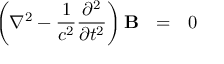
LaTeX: \left( \nabla ^ { 2 } - { \frac { 1 } { { c } ^ { 2 } } } { \frac { \partial ^ { 2 } } { \partial t ^ { 2 } } } \right) \mathbf { B } \ \ = \ \ 0